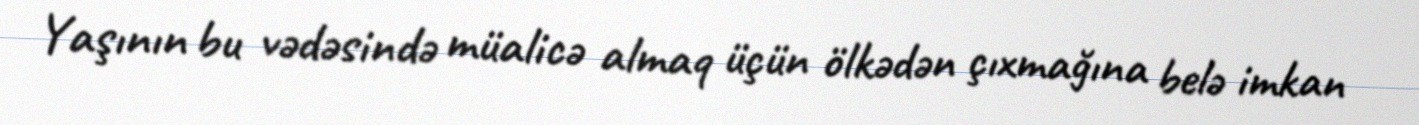
Yaşının bu vədəsində müalicə almaq üçün ölkədən çıxmağına belə imkan